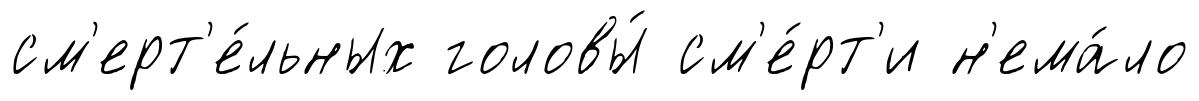
см'ерт'е́льных головы́ см'е́рт'и н'ема́ло